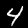
Digit: 4